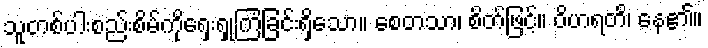
သူတစ်ပါးစည်းစိမ်ကိုရှေးရှုကြံခြင်းရှိသော။ စေတသာ၊ စိတ်ဖြင့်။ ဝိဟရတိ၊ နေ၏။